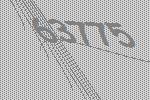
63775